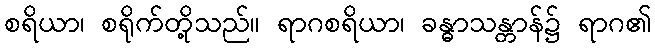
စရိယာ၊ စရိုက်တို့သည်။ ရာဂစရိယာ၊ ခန္ဓာသန္တာန်၌ ရာဂ၏